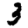
Digit: 3